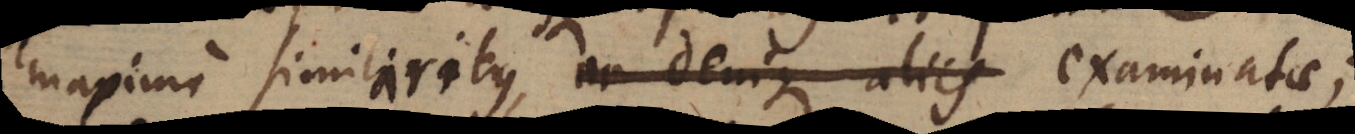
maxime similaribus ac denique aliis examinatae;